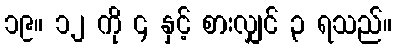
၁၉။ ၁၂ ကို ၄ နှင့် စားလျှင် ၃ ရသည်။